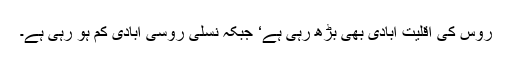
روس کی اقلیت آبادی بھی بڑھ رہی ہے‘ جبکہ نسلی روسی آبادی کم ہو رہی ہے۔